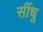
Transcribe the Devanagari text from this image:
सींधु